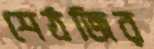
শেঠজির